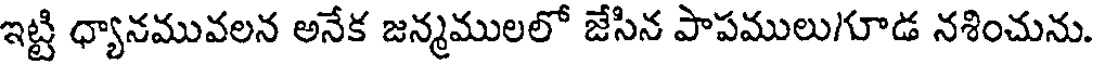
ఇట్టి ధ్యానమువలన అనేక జన్మములలో జేసిన పాపములుగూడ నశించును.